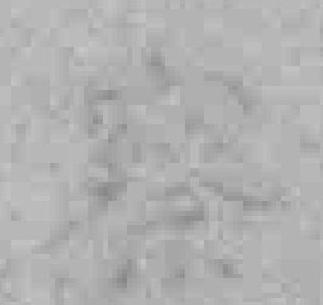
察